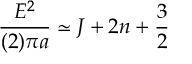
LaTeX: { \frac { E ^ { 2 } } { ( 2 ) \pi a } } \simeq J + 2 n + \frac 3 2